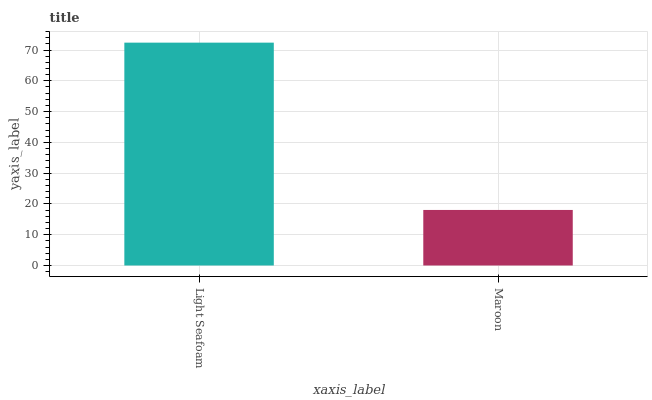
| xaxis_label | bars |
 | --- | --- |
 | Light Seafoam | 72.4 |
 | Maroon | 18 |